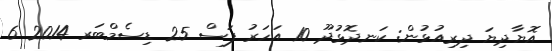
އޮޔާދިޔަ ދިރިއުޅުން: ކަނދޮޅުދޫ 10 އަހަރު ފަސް 25 ޑިސެމްބަރ 2014 6